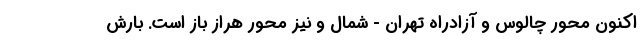
اکنون محور چالوس و آزادراه تهران - شمال و نیز محور هراز باز است. بارش